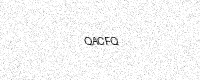
Text: QACFQ